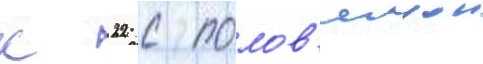
к 22 с полов'инои